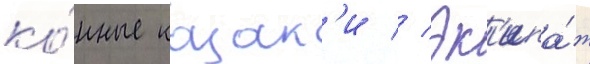
ко́нные казак'и // Эк'ипа́ж